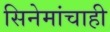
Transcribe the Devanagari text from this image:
सिनेमांचाही